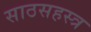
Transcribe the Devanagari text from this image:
साठसहस्त्र